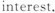
interest.